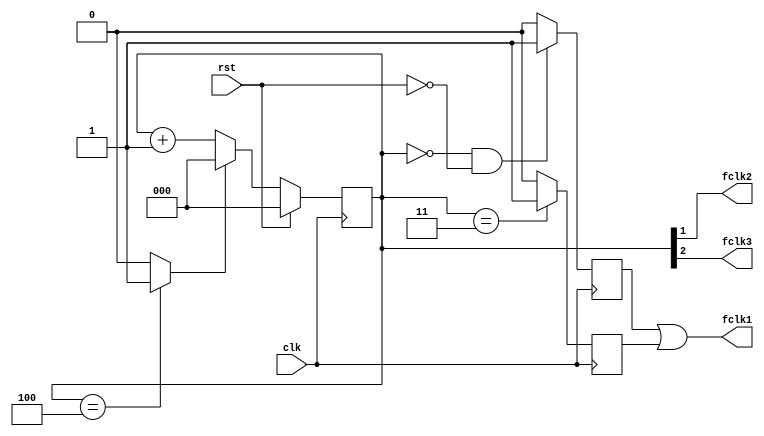
`timescale 1ns/1ns

module freqdiv (clk,rst,fclk1,fclk2,fclk3);

	input rst,clk;
	output fclk1,fclk2,fclk3;
	reg a1,a2;

	reg [2:0] count;
	wire w1;
assign w1=(count==4)?1'b1:1'b0;

always@(posedge clk)
begin
	if(rst)
		count<=0;
	else if(w1)
		count<=0;
	else
		count<=count+1'b1;
end

assign fclk2=count[1];
assign fclk3=count[2];

always@(posedge clk)
begin
	if(count==0 && !rst)
		
		a1<=1;
	else
		a1<=0;
end

always@(negedge clk)
begin
	if(count==3)
		a2<=1;
	else
		a2<=0;
end

assign fclk1=a1 | a2;

endmodule